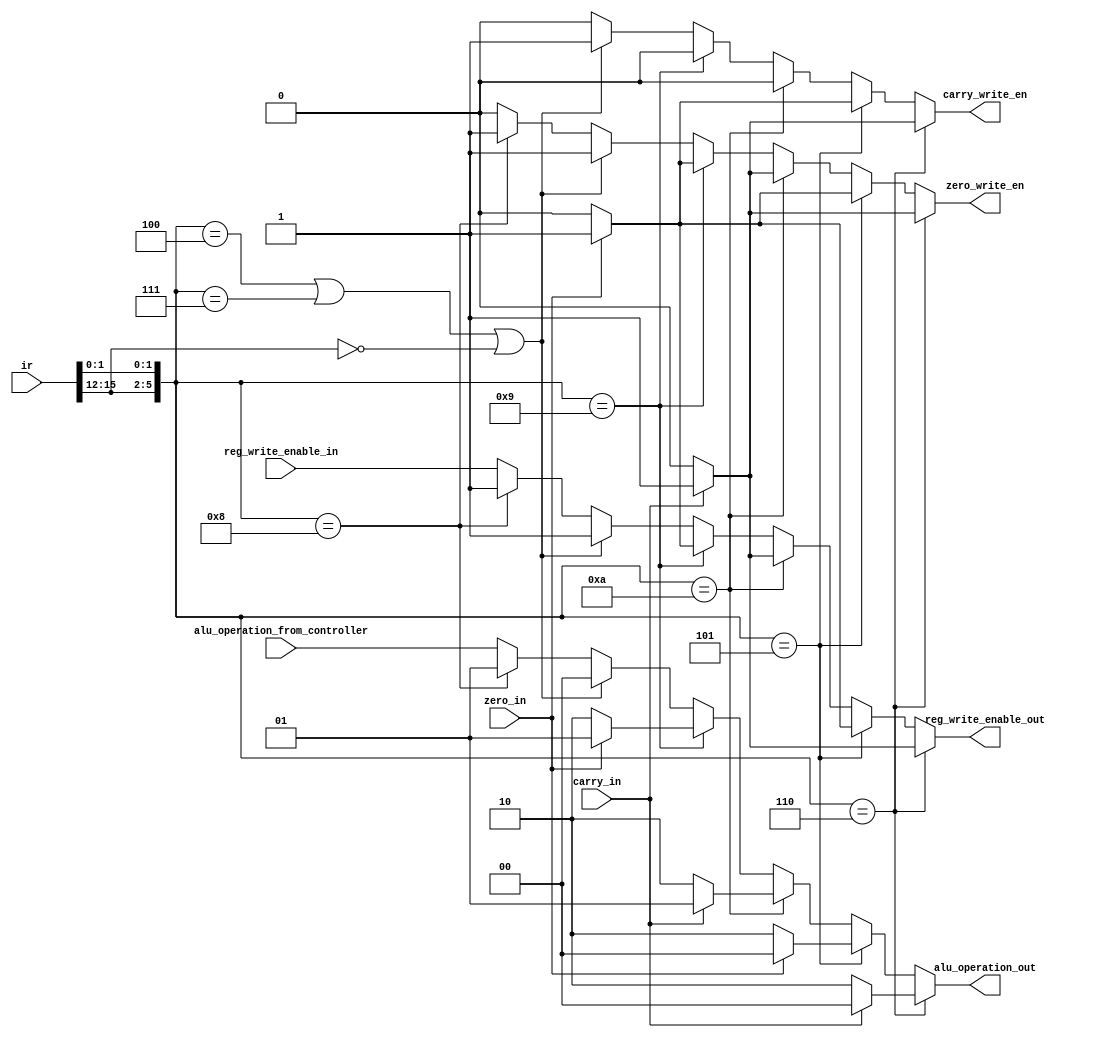
// ir -- instruction
// alu_operation_from_controller -- the main controller outputs control signal for alu operations.. this will redefine it if adc, adz, ndz etc.
// carry_in - ccr input
//zero_in - ccr input
//reg_write_enable_in -- reg write enable from controller, 
//carry_write_en - high for instruction which sets carry
//zero_write_en - high for instruction which sets zero
// alu_operation_out --- final redefined alu control to alu unit
// reg_write_enable_out -- redefined reg_write_enable_in (disabled in case of conditional instructions not being executed (adc, etc) )


module ALU_controller (ir, alu_operation_from_controller, carry_in, zero_in,
							reg_write_enable_in, carry_write_en, zero_write_en, alu_operation_out, reg_write_enable_out );
	
	
	input [15:0] ir;
	input [1:0] alu_operation_from_controller;
	input carry_in, zero_in;
	input reg_write_enable_in;
	
	output reg carry_write_en, zero_write_en;
	output reg [1:0] alu_operation_out;
	output reg reg_write_enable_out;
	
	wire [5:0] r_type_opcode;
	
	parameter ADD = 6'b000100;
	parameter ADC = 6'b000110;
	parameter ADZ = 6'b000101;
	parameter ADL = 6'b000111;
	parameter ADI = 4'b0000;
	parameter NDU = 6'b001000;
	parameter NDC = 6'b001010;
	parameter NDZ = 6'b001001; // ADD anything we want later
	
	assign r_type_opcode = {ir[15:12], ir[1:0]};
	
	initial begin 
	  carry_write_en = 0;
	  zero_write_en = 0;
	  alu_operation_out = 2'b10;
	  reg_write_enable_out = 0;
	end
	
   always @(*) begin 
     
	  if ( r_type_opcode == ADC ) begin 
	     if ( carry_in ) begin 
		  carry_write_en = 1;
		  zero_write_en = 1;
		  alu_operation_out = 2'b00;
		  reg_write_enable_out = 1;
		  end
		 else begin 
		  carry_write_en = 0;
		  zero_write_en = 0;
		  alu_operation_out = 2'b10;
		  reg_write_enable_out = 0;
	      end
		end
	  else if ( r_type_opcode == ADZ ) begin 
	     if ( zero_in ) begin 
		  carry_write_en = 1;
		  zero_write_en = 1;
		  alu_operation_out = 2'b00;
		  reg_write_enable_out = 1;
		  end
		 else begin 
		  carry_write_en = 0;
		  zero_write_en = 0;
		  alu_operation_out = 2'b10;
		  reg_write_enable_out = 0;
	      end
		end
		  
	  else if ( r_type_opcode ==  NDC ) begin
	     if ( carry_in ) begin 
		  carry_write_en = 0;
		  zero_write_en = 1;
		  alu_operation_out = 2'b01;
		  reg_write_enable_out = 1;
		  end
		 else begin 
		  carry_write_en = 0;
		  zero_write_en = 0;
		  alu_operation_out = 2'b10;
		  reg_write_enable_out = 0;
	      end
		end
	 else if ( r_type_opcode ==  NDZ ) begin
	     if ( zero_in ) begin 
		  carry_write_en = 0;
		  zero_write_en = 1;
		  alu_operation_out = 2'b01;
		  reg_write_enable_out = 1;
		  end
		 else begin 
		  carry_write_en = 0;
		  zero_write_en = 0;
		  alu_operation_out = 2'b10;
		  reg_write_enable_out = 0;
	      end
		end		  
	 else if ( r_type_opcode == ADD || r_type_opcode == ADL || ( ir[15:12] == ADI ) ) begin 
		 alu_operation_out = 2'b00;
		 carry_write_en = 1;
		 zero_write_en = 1;
		 reg_write_enable_out = 1;
		 end
	 else if ( r_type_opcode == NDU ) begin 
	     alu_operation_out = 2'b01;
		 zero_write_en = 1;
		 carry_write_en = 0;
		 reg_write_enable_out = 1;
		 end
	 else begin
	     alu_operation_out = alu_operation_from_controller;
		 carry_write_en = 0;
		 zero_write_en = 0;
		 reg_write_enable_out = reg_write_enable_in;
	 end
	end
		  		  
endmodule